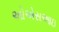
ઓએસઆઇ